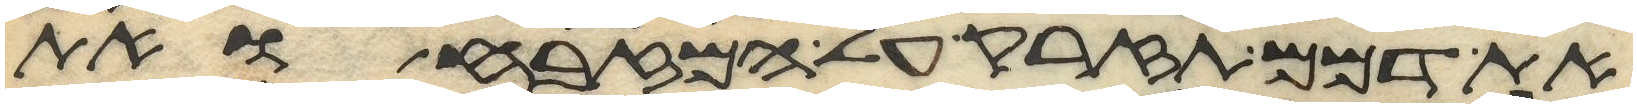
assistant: את דמם תזרק על המזבח ואת